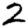
Digit: 2